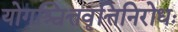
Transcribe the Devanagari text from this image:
योगश्चित्तवृत्तिनिरोधः